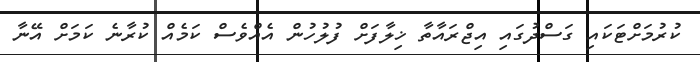
ކުރުމަށްޓަކައި ގަސްދުގައި އިޖްރައާތާ ޚިލާފަށް ފުލުހުން އެއްވެސް ކަމެއް ކުރާނެ ކަމަށް އޭނާ